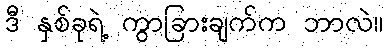
ဒီ နှစ်ခုရဲ့ ကွာခြားချက်က ဘာလဲ။